Scientific memoirs by medical officers of the Army of India - Part II,
Year: 1886
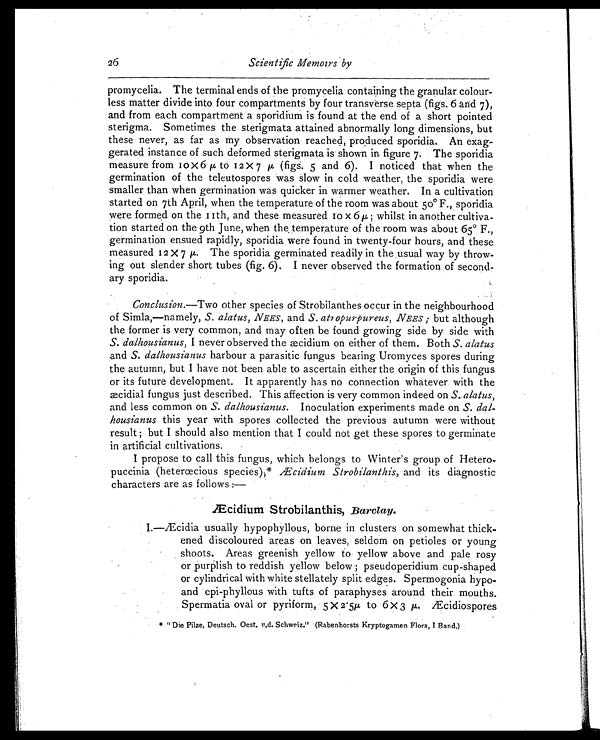
26
Scientific Memoirs by
promycelia. The terminal ends of the promycelia containing the granular colour-
less matter divide into four compartments by four transverse septa (figs. 6 and 7),
and from each compartment a sporidium is found at the end of a short pointed
sterigma. Sometimes the sterigmata attained abnormally long dimensions, but
these never, as far as my observation reached, produced sporidia. An exag-
gerated instance of such deformed sterigmata is shown in figure 7. The sporidia
measure from 10 x 6 µ to 12 x 7 µ (figs. 5 and 6). I noticed that when the
germination of the teleutospores was slow in cold weather, the sporidia were
smaller than when germination was quicker in warmer weather. In a cultivation
started on 7th April, when the temperature of the room was about 50° F., sporidia
were formed on the11th, and these measured 10 x 6 µ ; whilst in another cultiva-
tion started on the 9th June, when the temperature of the room was about 65° F.,
germination ensued rapidly, sporidia were found in twenty-four hours, and these
measured 12 x 7µ. The sporidia germinated readily in the usual way by throw-
ing out slender short tubes (fig. 6). I never observed the formation of second-
ary sporidia.
Conclusion. —Two other species of Strobilanthes occur in the neighbourhood
of Simla,—namely, S. alatus, NEES, and S. atropurpureus, NEES ; but although
the former is very common, and may often be found growing side by side with
S. dalhousianus, I never observed the æcidium on either of them. Both S. alatus
and S. dalhousianus harbour a parasitic fungus bearing Uromyces spores during
the autumn, but I have not been able to ascertain either the origin of this fungus
or its future development. It apparently has no connection whatever with the
æcidial fungus just described. This affection is very common indeed on S. alatus ,
and less common on S. dalhousianus . Inoculation experiments made on S. dal-
housianus this year with spores collected the previous autumn were without
result ; but I should also mention that I could not get these spores to germinate
in artificial cultivations.
I propose to call this fungus, which belongs to Winter's group of Hetero-
puccinia (hetercecious species),* Æcidium Strobilanthis, and its diagnostic
characters are as follows :—
Æcidium Strobilanthis, Barclay.
I.—Æcidia usually hypophyllous, borne in clusters on somewhat thick-
ened discoloured areas on leaves, seldom on petioles or young
shoots. Areas greenish yellow to yellow above and pale rosy
or purplish to reddish yellow below ; pseudoperidium cup-shaped
or cylindrical with white stellately split edges. Spermogonia hypo-
and epi-phyllous with tufts of paraphyses around their mouths.
Spermatia oval or pyriform, 5 x 2.5µ to 6 X 3µ Æcidiospores
* " Die Pilze, Deutsch. Oest. u.d. Schweiz." (Rabenhorsts Kryptogamen Flora, I Band.)